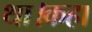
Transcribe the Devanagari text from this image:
था।कहा